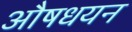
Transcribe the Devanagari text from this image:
औषधयन